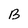
Character: B